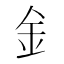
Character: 釒